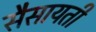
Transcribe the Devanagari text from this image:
सैसायती